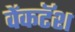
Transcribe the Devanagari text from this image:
वेंकटॅश